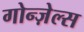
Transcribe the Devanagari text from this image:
गोन्ज़ेल्स